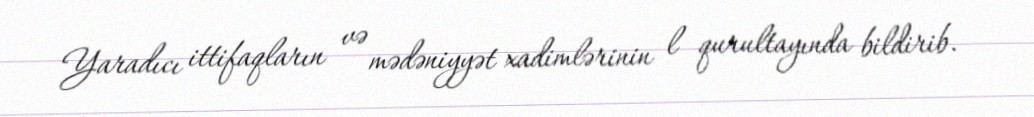
Yaradıcı ittifaqların və mədəniyyət xadimlərinin l qurultayında bildirib.